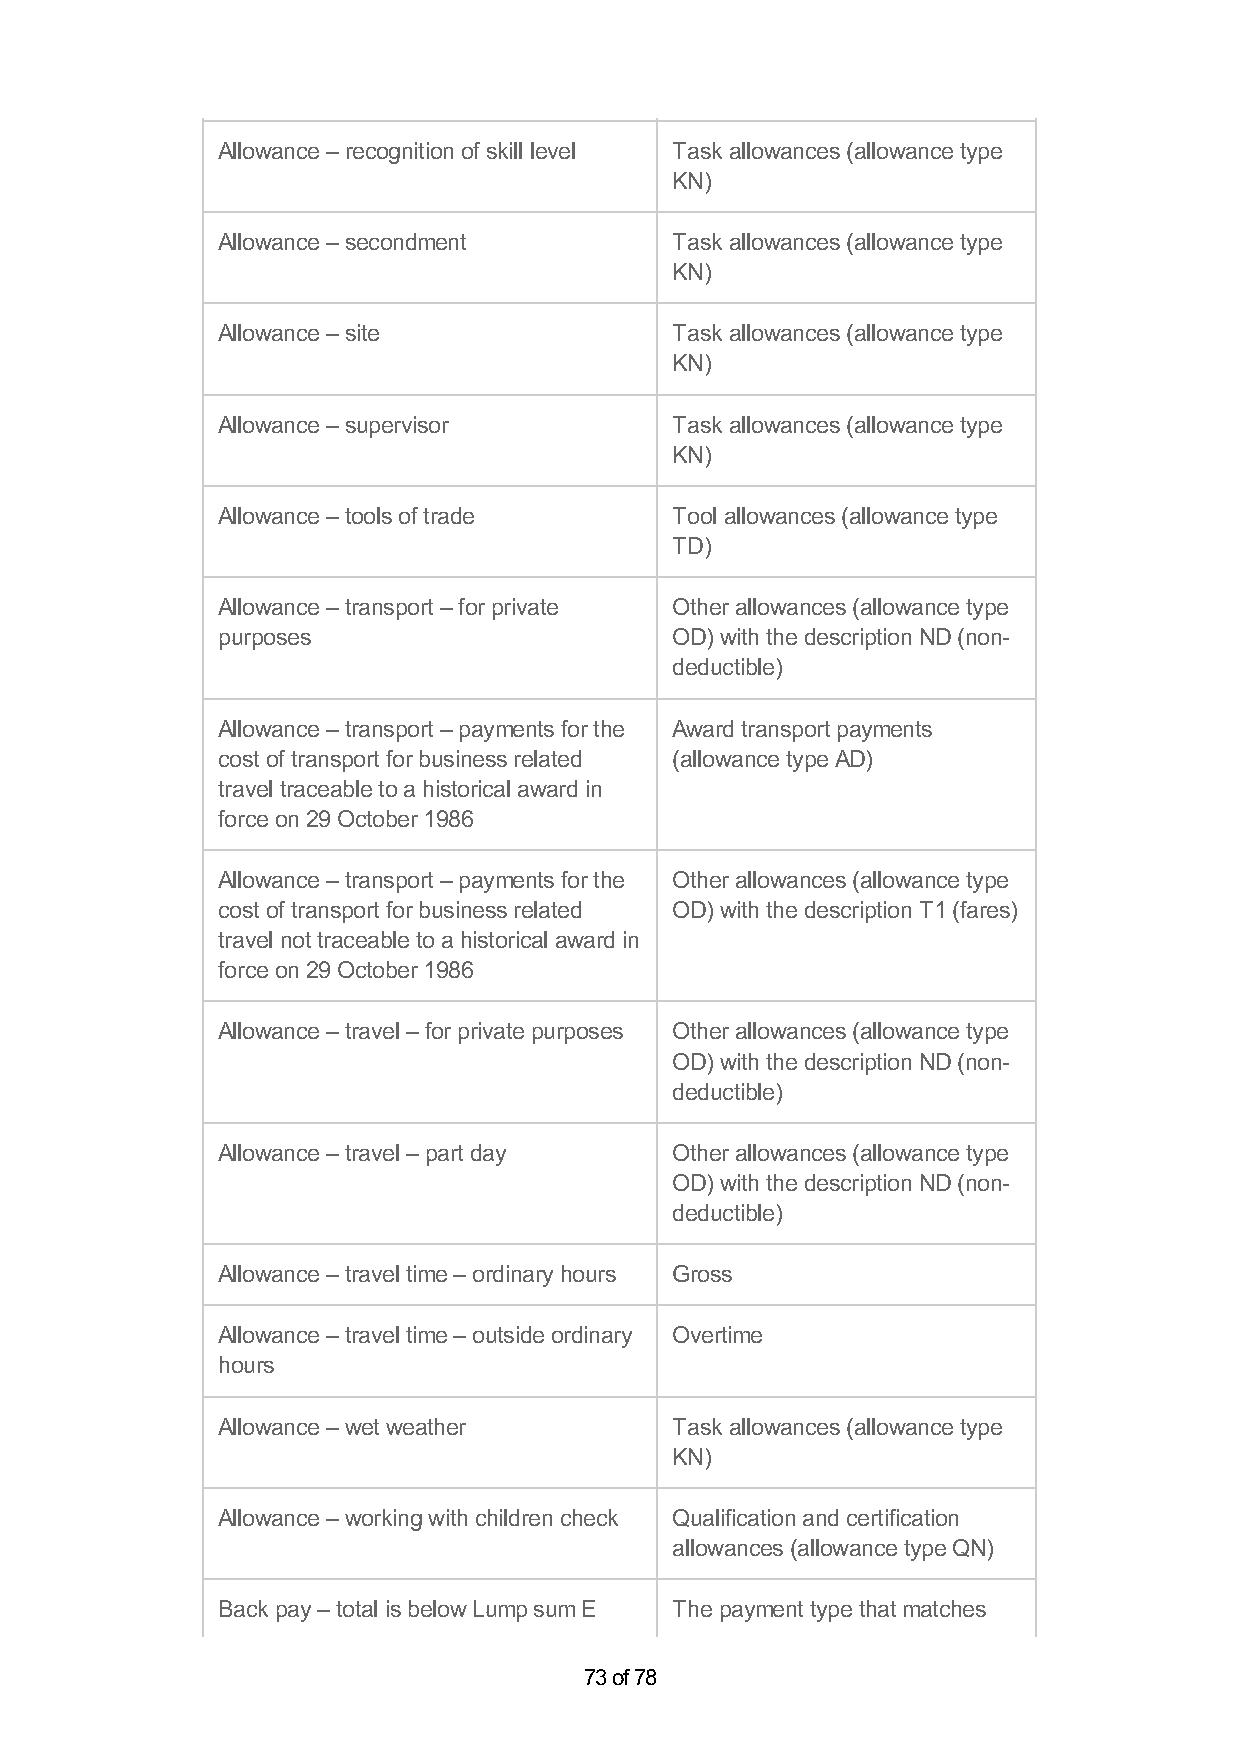
Allowance – recognition of skill level Task allowances (allowance type
 KN)
 Allowance – secondment        Task allowances (allowance type
 KN)
 Allowance – site              Task allowances (allowance type
 KN)
 Allowance – supervisor        Task allowances (allowance type
 KN)
 Allowance – tools of trade    Tool allowances (allowance type
 TD)
 Allowance – transport – for private Other allowances (allowance type
 purposes                      OD) with the description ND (non-
 deductible)
 Allowance – transport – payments for the Award transport payments
 cost of transport for business related (allowance type AD)
 travel traceable to a historical award in
 force on 29 October 1986
 Allowance – transport – payments for the Other allowances (allowance type
 cost of transport for business related OD) with the description T1 (fares)
 travel not traceable to a historical award in
 force on 29 October 1986
 Allowance – travel – for private purposes Other allowances (allowance type
 OD) with the description ND (non-
 deductible)
 Allowance – travel – part day Other allowances (allowance type
 OD) with the description ND (non-
 deductible)
 Allowance – travel time – ordinary hours Gross
 Allowance – travel time – outside ordinary Overtime
 hours
 Allowance – wet weather       Task allowances (allowance type
 KN)
 Allowance – working with children check Qualification and certification
 allowances (allowance type QN)
 Back pay – total is below Lump sum E The payment type that matches
 73 of 78